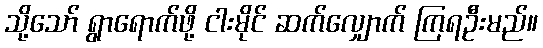
သို့သော် ရွာရောက်ဖို့ ငါးမိုင် ဆက်လျှောက် ကြရဦးမည်။